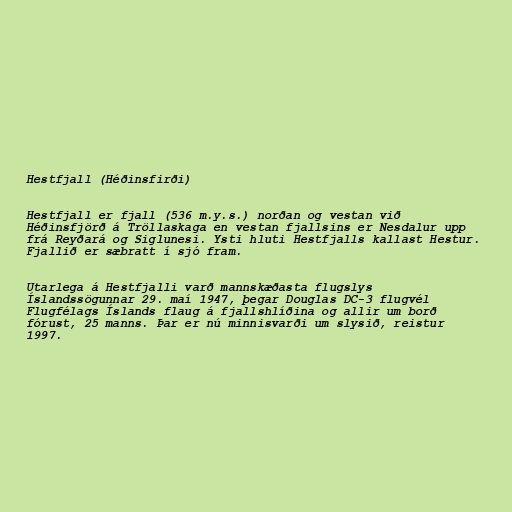
Hestfjall (Héðinsfirði)

Hestfjall er fjall (536 m.y.s.) norðan og vestan við
Héðinsfjörð á Tröllaskaga en vestan fjallsins er Nesdalur upp
frá Reyðará og Siglunesi. Ysti hluti Hestfjalls kallast Hestur.
Fjallið er sæbratt í sjó fram.

Utarlega á Hestfjalli varð mannskæðasta flugslys
Íslandssögunnar 29. maí 1947, þegar Douglas DC-3 flugvél
Flugfélags Íslands flaug á fjallshlíðina og allir um borð
fórust, 25 manns. Þar er nú minnisvarði um slysið, reistur
1997.